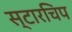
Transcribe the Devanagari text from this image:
स्टारचिप